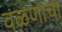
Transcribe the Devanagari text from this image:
वळणाचा